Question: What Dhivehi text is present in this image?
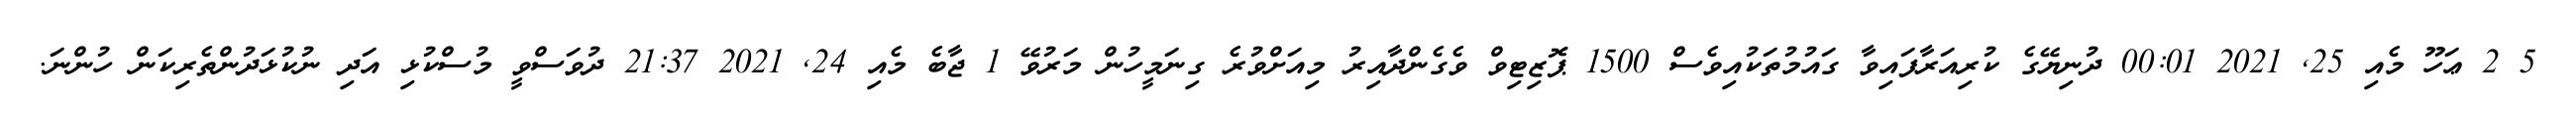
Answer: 5 2 ޢަހޫ މެއި 25, 2021 00:01 ދުނިޔޭގެ ކުރިއަރާފައިވާ ގައުމުތަކުއިވެސް 1500 ޕޮޒިޓިވް ވެގެންދާއިރު މިއަށްވުރެ ގިނަމީހުން މަރުވޭ 1 ޖާބެ މެއި 24, 2021 21:37 ދުވަސްވީ މުސްކުޅި އަދި ނުކުޅަދުންތެރިކަން ހުންނަ.